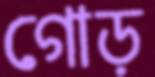
গোড়